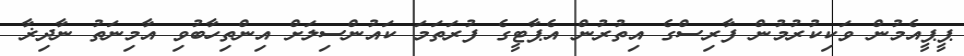
ޕީޕީއެމުން ވަކިކުރުމުން ފާރިސްގެ އިތުރުން އެޕާޓީގެ ފުރަތަމަ ކައުންސިލަށް އިންތިހާބުވި އާމިނަތު ނާދިޜާ